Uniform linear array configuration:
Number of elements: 32
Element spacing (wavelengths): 0.5
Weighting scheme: uniform
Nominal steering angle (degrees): -15
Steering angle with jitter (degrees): -14.228
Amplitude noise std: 0.05
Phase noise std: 0.05

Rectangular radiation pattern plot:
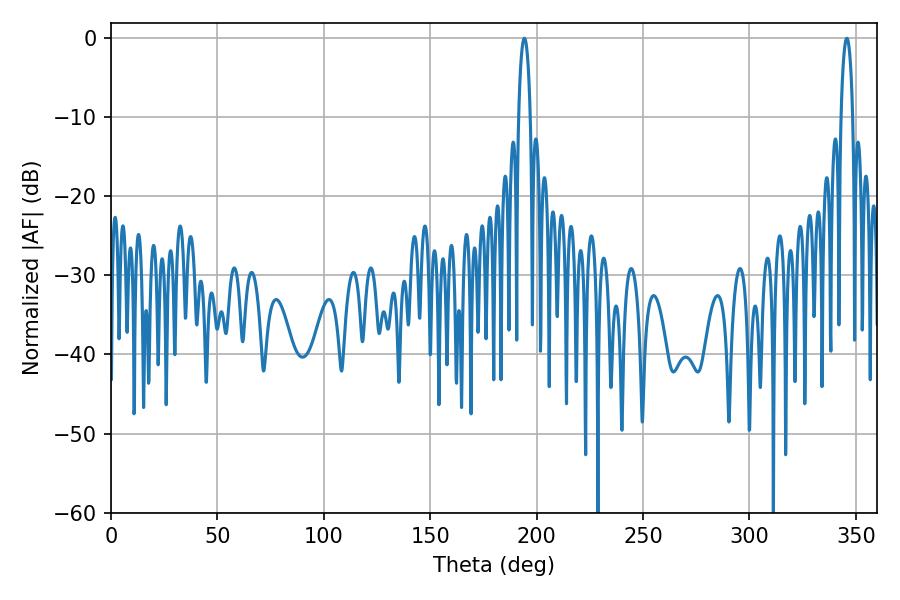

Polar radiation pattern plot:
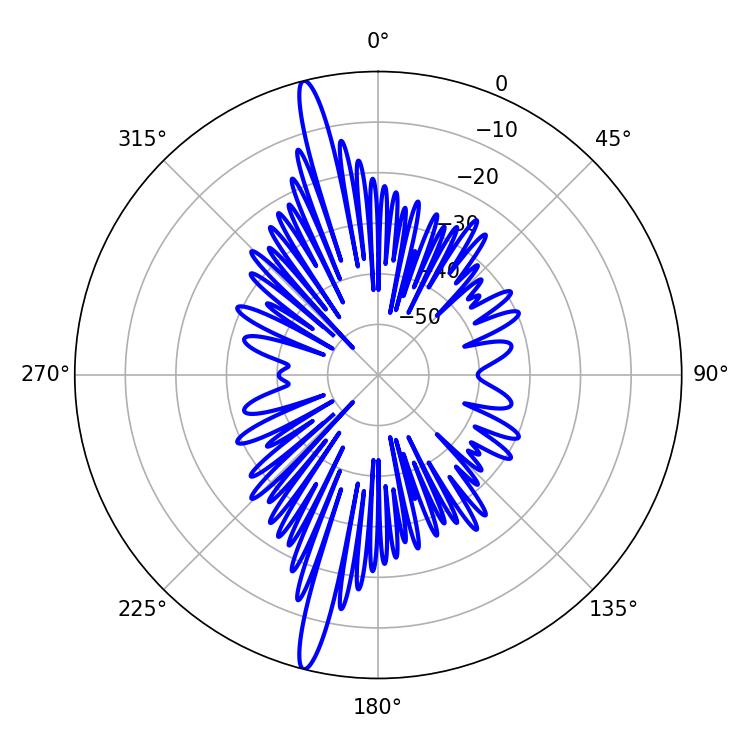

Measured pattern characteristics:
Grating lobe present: FALSE
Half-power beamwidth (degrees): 3.06
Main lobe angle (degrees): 194.22